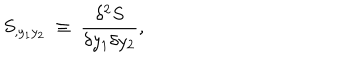
LaTeX: S _ { , y _ { 1 } y _ { 2 } } ~ \equiv ~ { \frac { \delta ^ { 2 } S } { \delta y _ { 1 } \delta y _ { 2 } } } ,